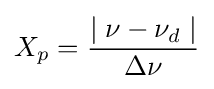
X_{p}={\frac {\mid \nu -\nu _{d}\mid }{\Delta \nu }}